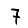
Digit: 7